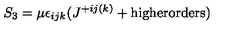
S _ { 3 } = \mu \epsilon _ { i j k } ( J ^ { + i j ( k ) } + \mathrm { h i g h e r o r d e r s } )